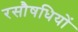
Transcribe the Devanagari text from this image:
रसौषधियों